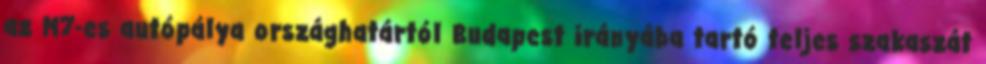
az M7-es autópálya országhatártól Budapest irányába tartó teljes szakaszát